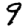
Digit: 9